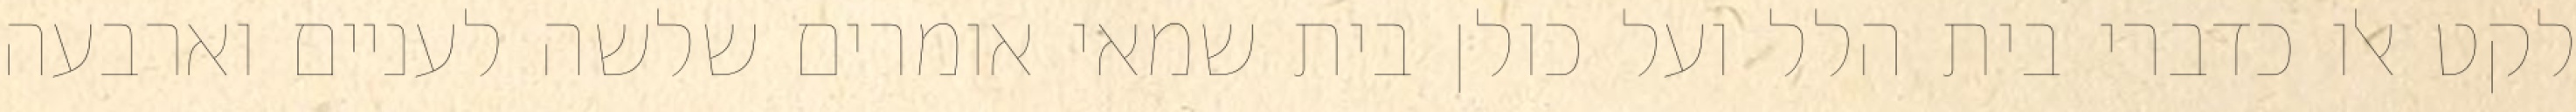
לקט אלו כדברי בית הלל ועל כולן בית שמאי אומרים שלשה לעניים וארבעה